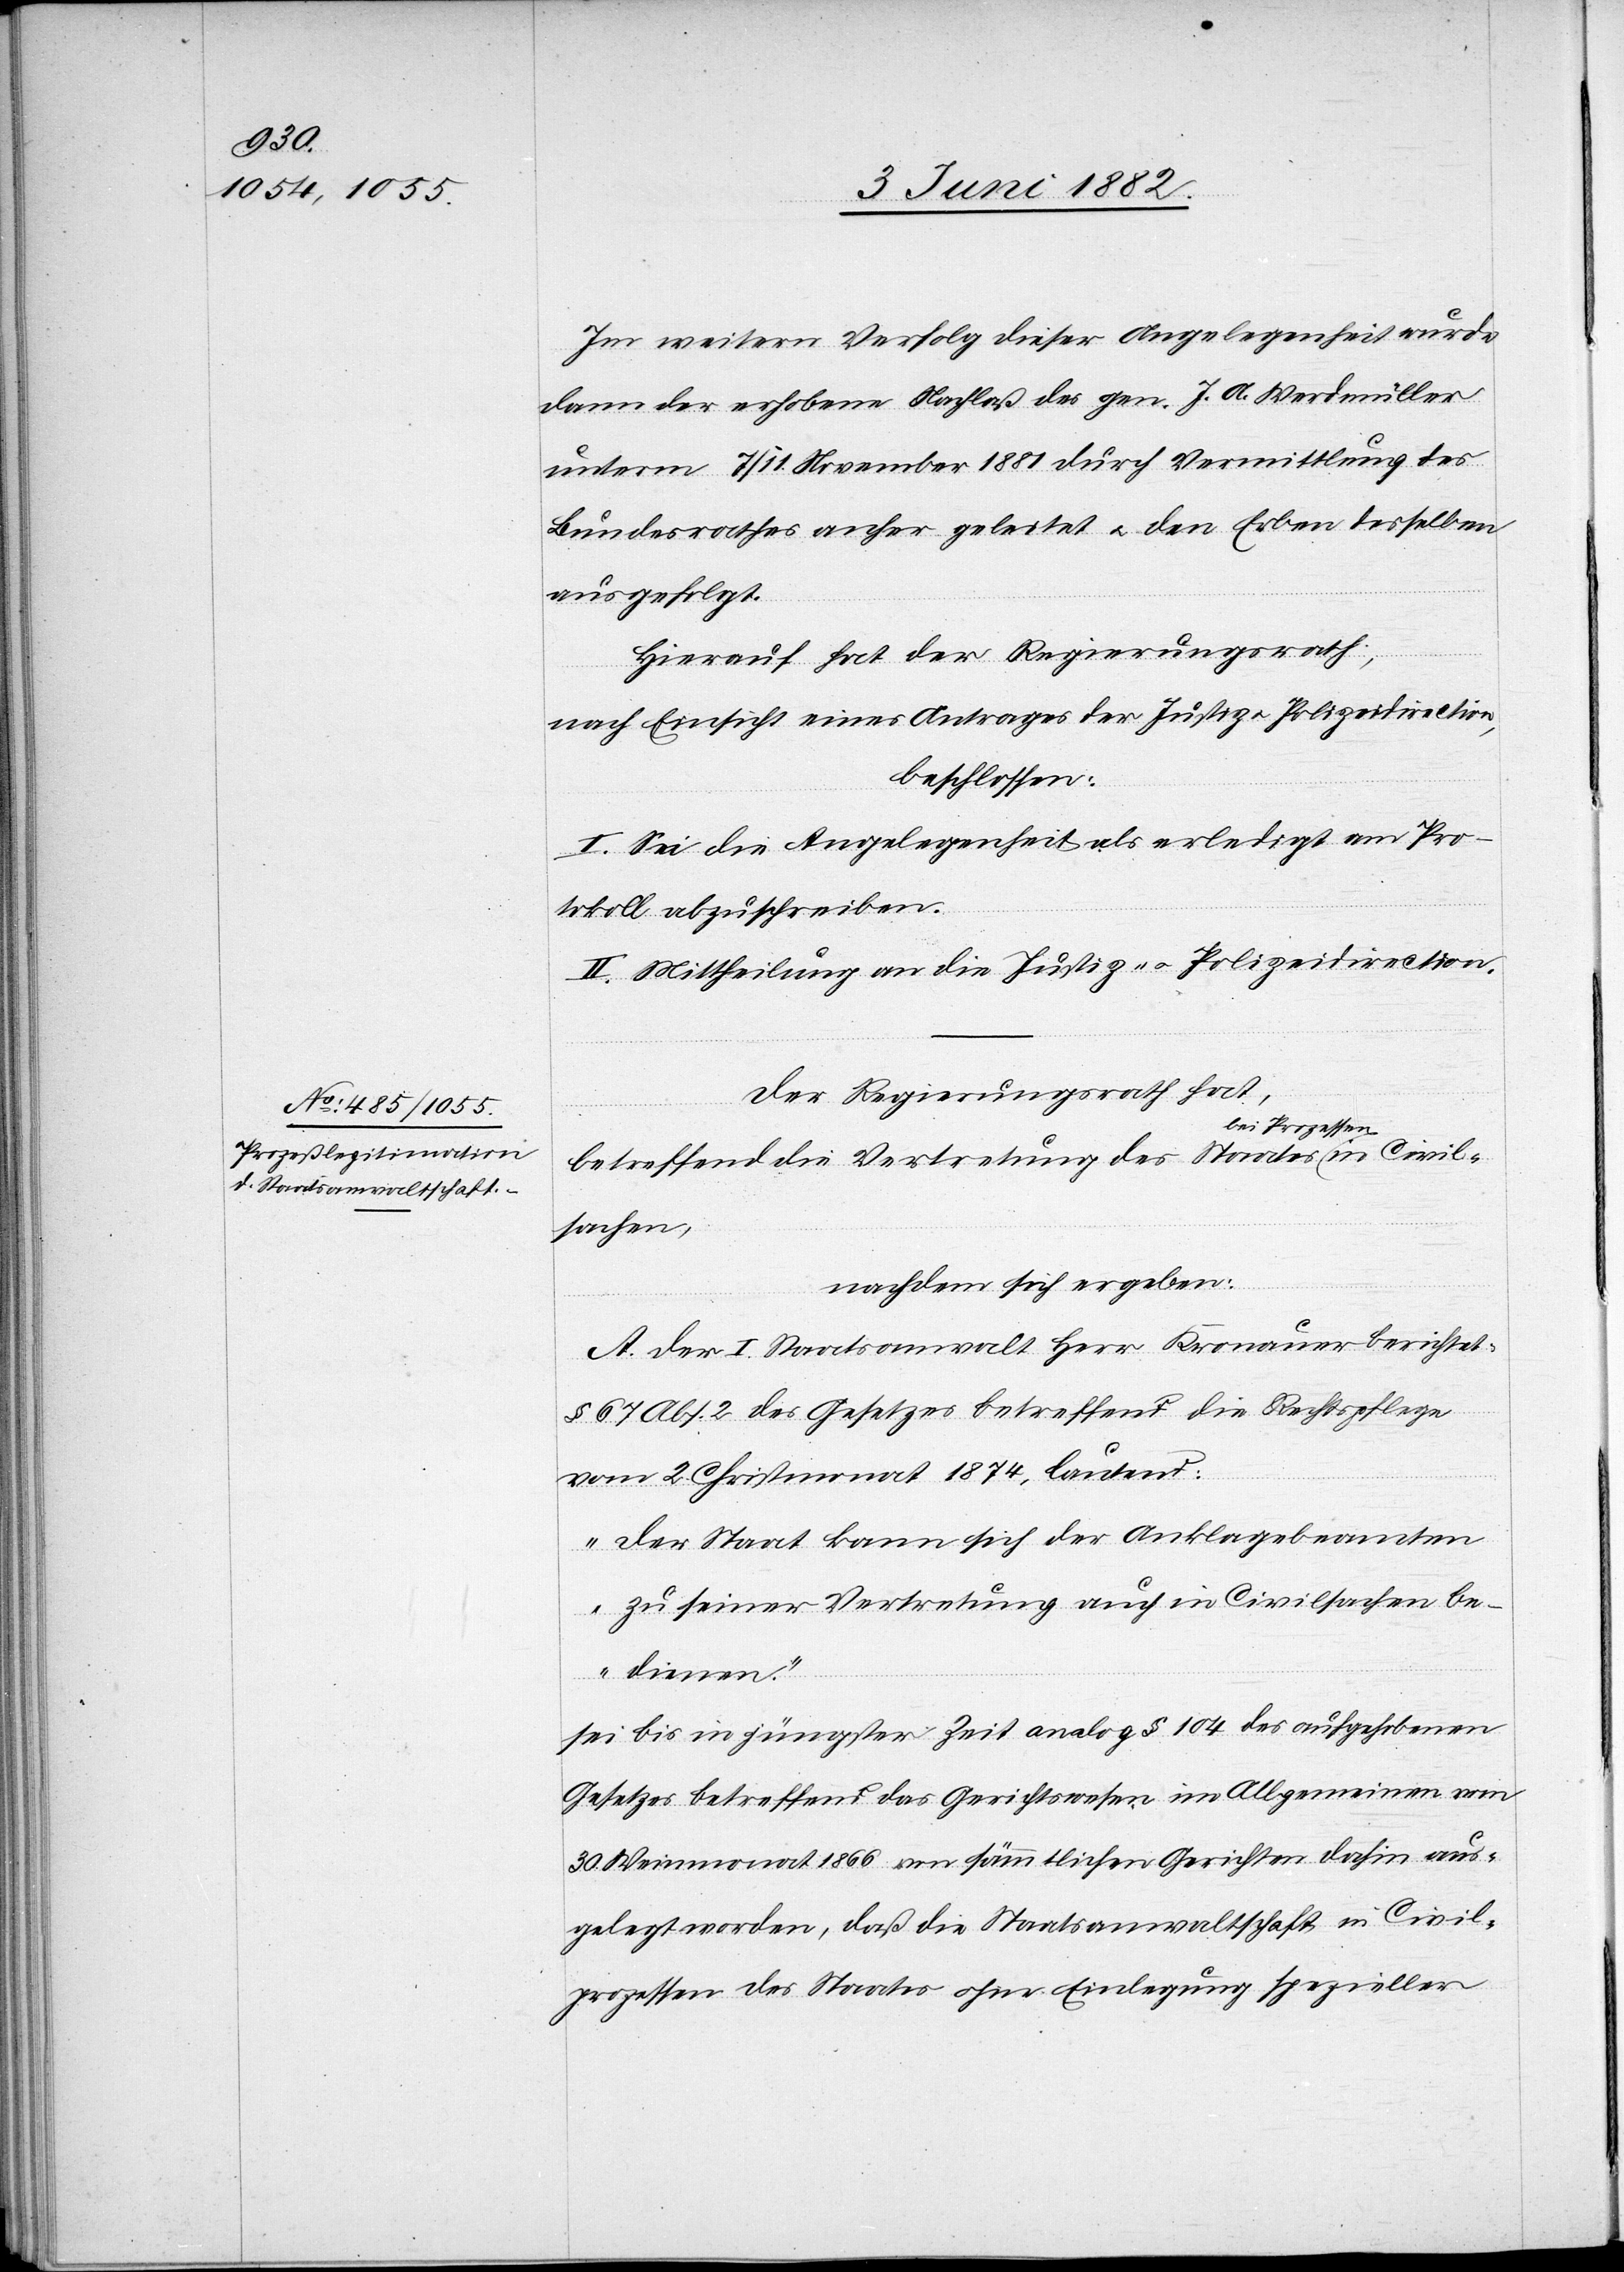
Civil¬

Im weitern Verfolg dieser Angelegenheit wurde
dann der erhobene Nachlaß des gen. J. A. Werdmüller
unterm 7./11. November 1881 durch Vermittlung des
Bundesrathes anher geleitet u. den Erben desselben
ausgefolgt.
Hierauf hat der Regierungsrath,
nach Einsicht eines Antrages der Justiz- u. Polizeidirection,
beschlossen:
I. Sei die Angelegenheit als erledigt am Pro¬
tokoll abzuschreiben.
II. Mittheilung an die Justiz- u. Polizeidirection.
Der Regierungsrath hat,
ei Prozessen
betreffend die Vertretung des Staates b¬
sachen,
nachdem sich ergeben:
A. Der I. Staatsanwalt Herr Kronauer berichtet:
§ 67 Abs. 2 des Gesetzes betreffend die Rechtspflege
vom 2. Christmonat 1874, lautend:
„Der Staat kann sich der Anklagebeamten
zu seiner Vertretung auch in Civilsachen be¬
dienen.“
sei bis in jüngster Zeit analog § 104 des aufgehobenen
Gesetzes betreffend das Gerichtswesen im Allgemeinen vom
30. Weinmonat 1866 von sämmtlichen Gerichten dahin aus¬
gelegt worden, daß die Staatsanwaltschaft in Civil¬
prozessen des Staates ohne Einlegung spezieller